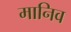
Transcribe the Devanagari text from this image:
मानिव